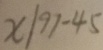
x \vert 9 1 - 4 5